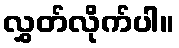
လွှတ်လိုက်ပါ။